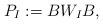
LaTeX: \begin{align*}P_I := B W_I B,\end{align*}